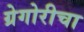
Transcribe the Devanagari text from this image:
ग्रेगोरीचा